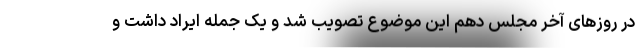
در روزهای آخر مجلس دهم این موضوع تصویب شد و یک جمله‌ ایراد داشت و